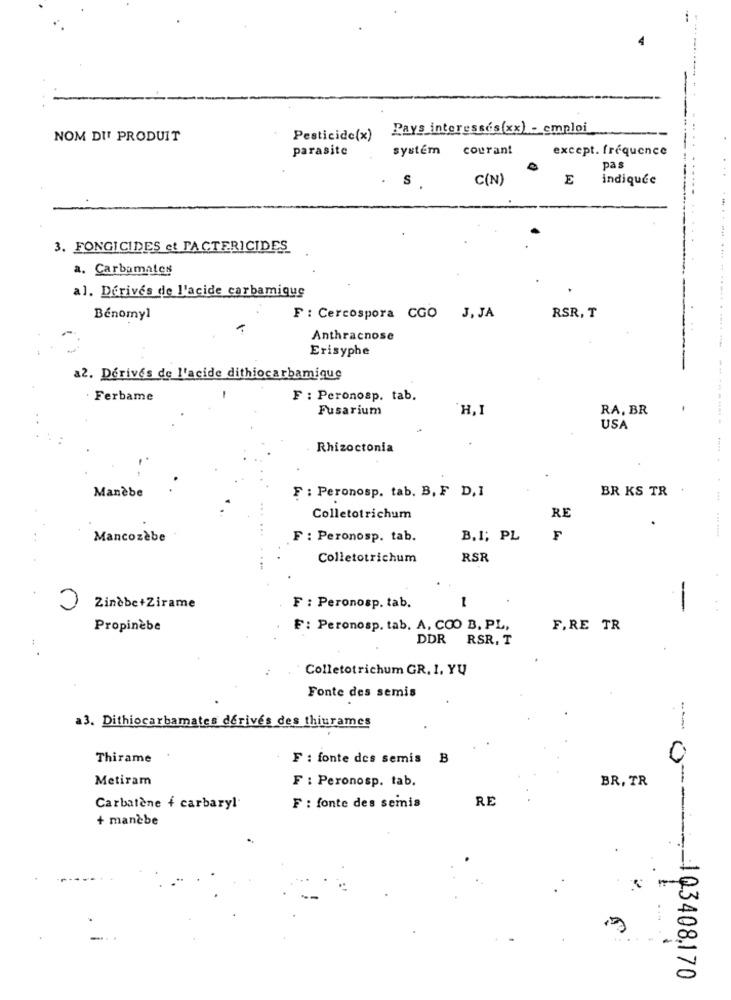
--------
Pays interesses(xx) . emploi
NOM DU PRODUIT
Pesticide(x)
parasite
systém courant
except. frequence
pas
S
C(N)
E
indiquée
3. FONGICIDES et PACTERICIDES
a. Carbamales
al. Dérivés de l'acide carbamique
Bénomyl
F : Cercospora CGO J, JA
RSR, T
Anthracnose
Erisyphe
a2. Dérivés de l'acide dithiocarbamique
· Ferbame
F : Peronosp. tab.
Fusarium
H.I
RA, BR
USA
Rhizoctonia
Manèbe
BR KS TR
F : Peronosp. tab. B, F D,1
Colletotrichum
RE
Mancozèbe
F : Peronosp. tab.
B.1; PL
F
... ......... ... . ............
Colletotrichum
RSR
0
Zindbe+Zirame
F : Peronosp. tab.
-
Propinèbe
F: Peronosp. tab. A. COO B. PL,
F.RE TR
DDR
RSR. T
Colletotrichum GR. 1, YU
Fonte des semis
a3. Dithiocarbamates derives des thiurames
---
Thirame
F : fonte des semis ₿
Metiram
F : Peronosp. tab.
BR, TR
F : fonte des semis
RE
Carbatene f carbaryl.
+ manèbe
-1Q3408,170